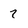
Character: 7